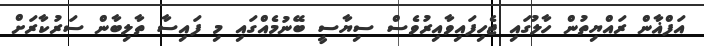
އަފްޣާން ރައްޔިތުން ހާލުގައި ޖެހިފައިވާއިރުވެސް ސިޔާސީ ބޭނުމެއްގައި މި ފައިސާ ތާލިބާން ސަރުކާރަށް